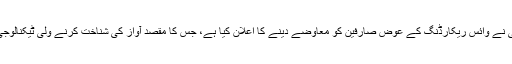
درحقیقت اس کمپنی نے وائس ریکارڈنگ کے عوض صارفین کو معاوضے دینے کا اعلان کیا ہے، جس کا مقصد آواز کی شناخت کرنے ولی ٹیکنالوجی کو بہتر بنانا ہے۔